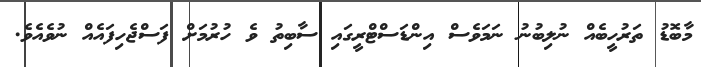
މާބޮޑު ތަރުހީބެއް ނުލިބުނު ނަމަވެސް އިންޑަސްޓްރީގައި ސާބިތު ވެ ހުރުމަށް ފަސްޖެހިފައެއް ނުވެއެވެ.